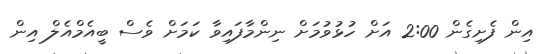
އިން ފެށިގެން 2:00 އަށް ހުޅުވުމަށް ނިންމާފައިވާ ކަމަށް ވެސް ބީއެމްއެލް އިން